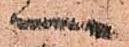
へ